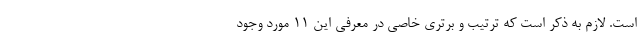
است. لازم به ذکر است که ترتیب و برتری خاصی در معرفی این ۱۱ مورد وجود